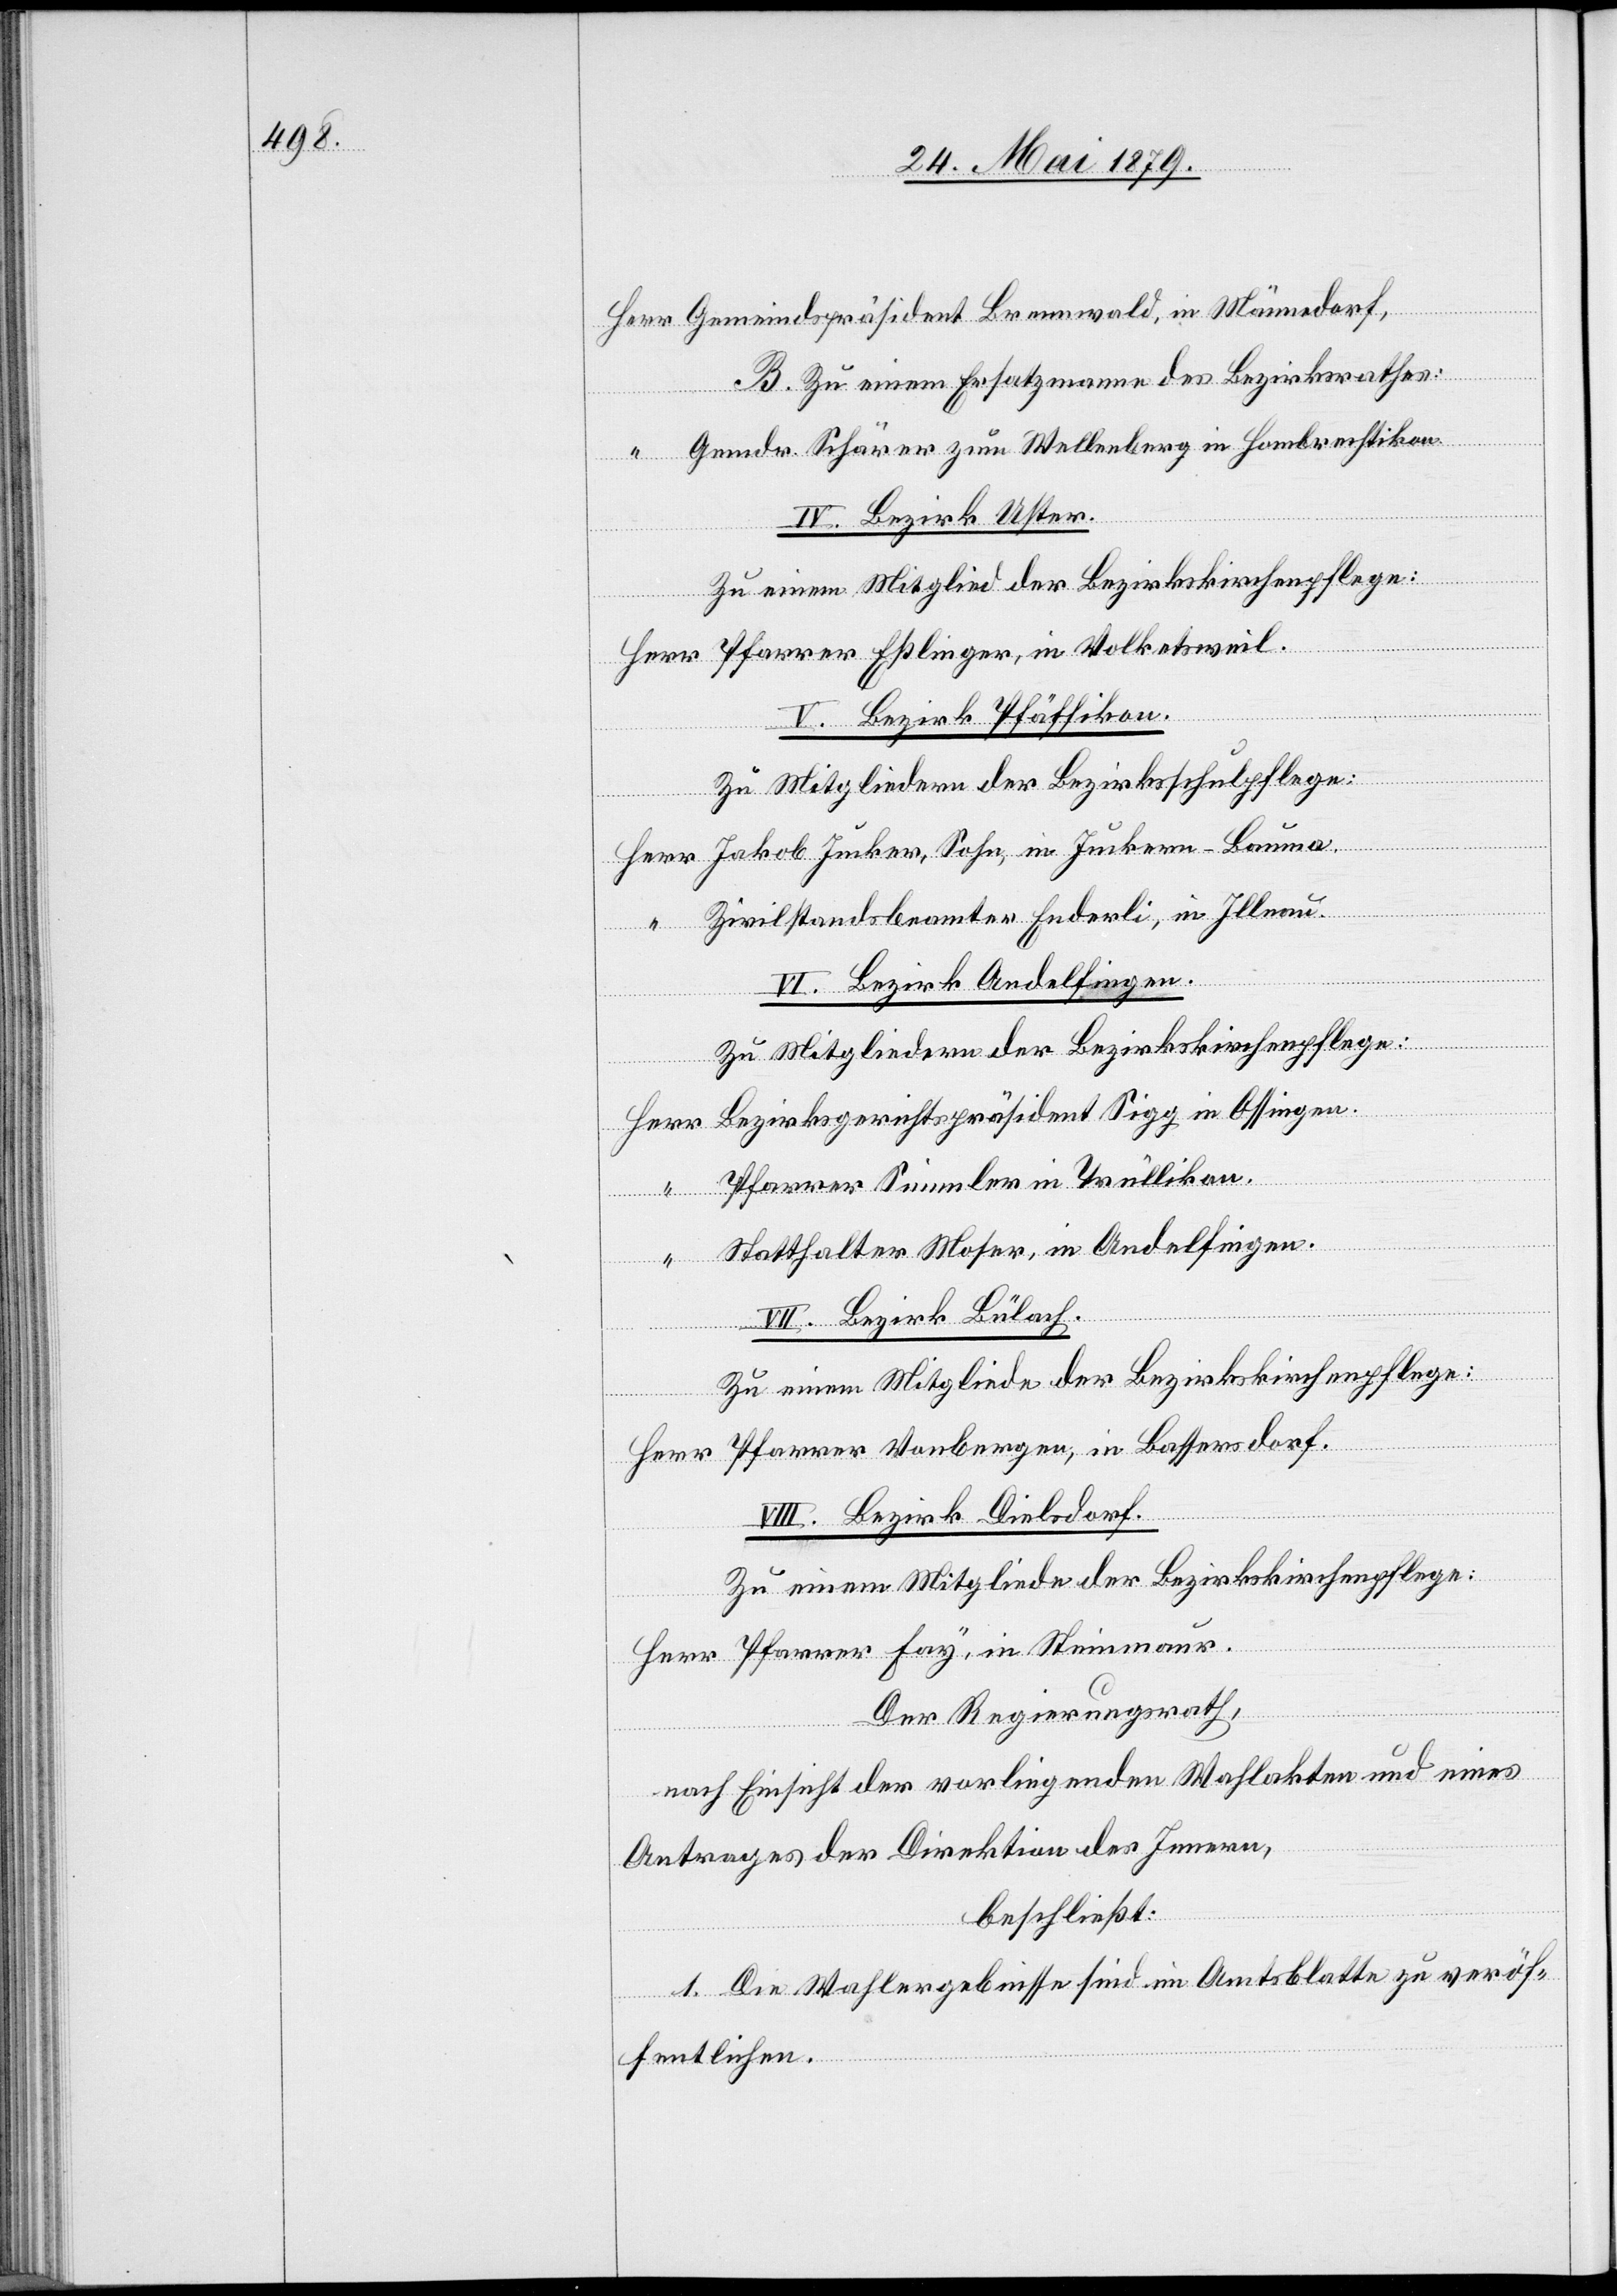
Herr Gemeindspräsident Brennwald, in Männedorf,
B. Zu einem Ersatzmanne des Bezirksrathes:
“ Gemdr. Schärer zum Wellenberg in Hombrechtikon.
IV. Bezirk Uster.
Zu einem Mitglied der Bezirkskirchenpflege:
Herr Pfarrer Eßlinger, in Volketsweil.
V. Bezirk Pfäffikon.
Zu Mitgliedern der Bezirksschulpflege:
Herr Jakob Jucker, Sohn, in Juckern - Bauma.
“ Zivilstandsbeamter Enderli, in Illnau.
VI. Bezirk Andelfingen.
Zu Mitgliedern der Bezirkskirchenpflege:
Herr Bezirksgerichtspräsident Sigg in Ossingen.
“
Pfarrer Simmler in Trüllikon.
Statthalter Moser, in Andelfingen.
VII. Bezirk Bülach.
Zu einem Mitgliede der Bezirkskirchenpflege:
Herr Pfarrer Vonbergen, in Bassersdorf.
VIII. Bezirk Dielsdorf.
Zu einem Mitgliede der Bezirkskirchenpflege:
Herr Pfarrer Fay, in Steinmaur.
Der Regierungsrath,
nach Einsicht der vorliegenden Wahlakten und eines
Antrages der Direktion des Innern,
beschließt:
1. Die Wahlergebnisse sind im Amtsblatte zu veröf¬
fentlichen.